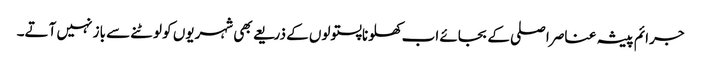
جرائم پیشہ عناصر اصلی کے بجائے اب کھلونا پستولوں کے ذریعے بھی شہریوں کو لوٹنے سے باز نہیں آتے۔